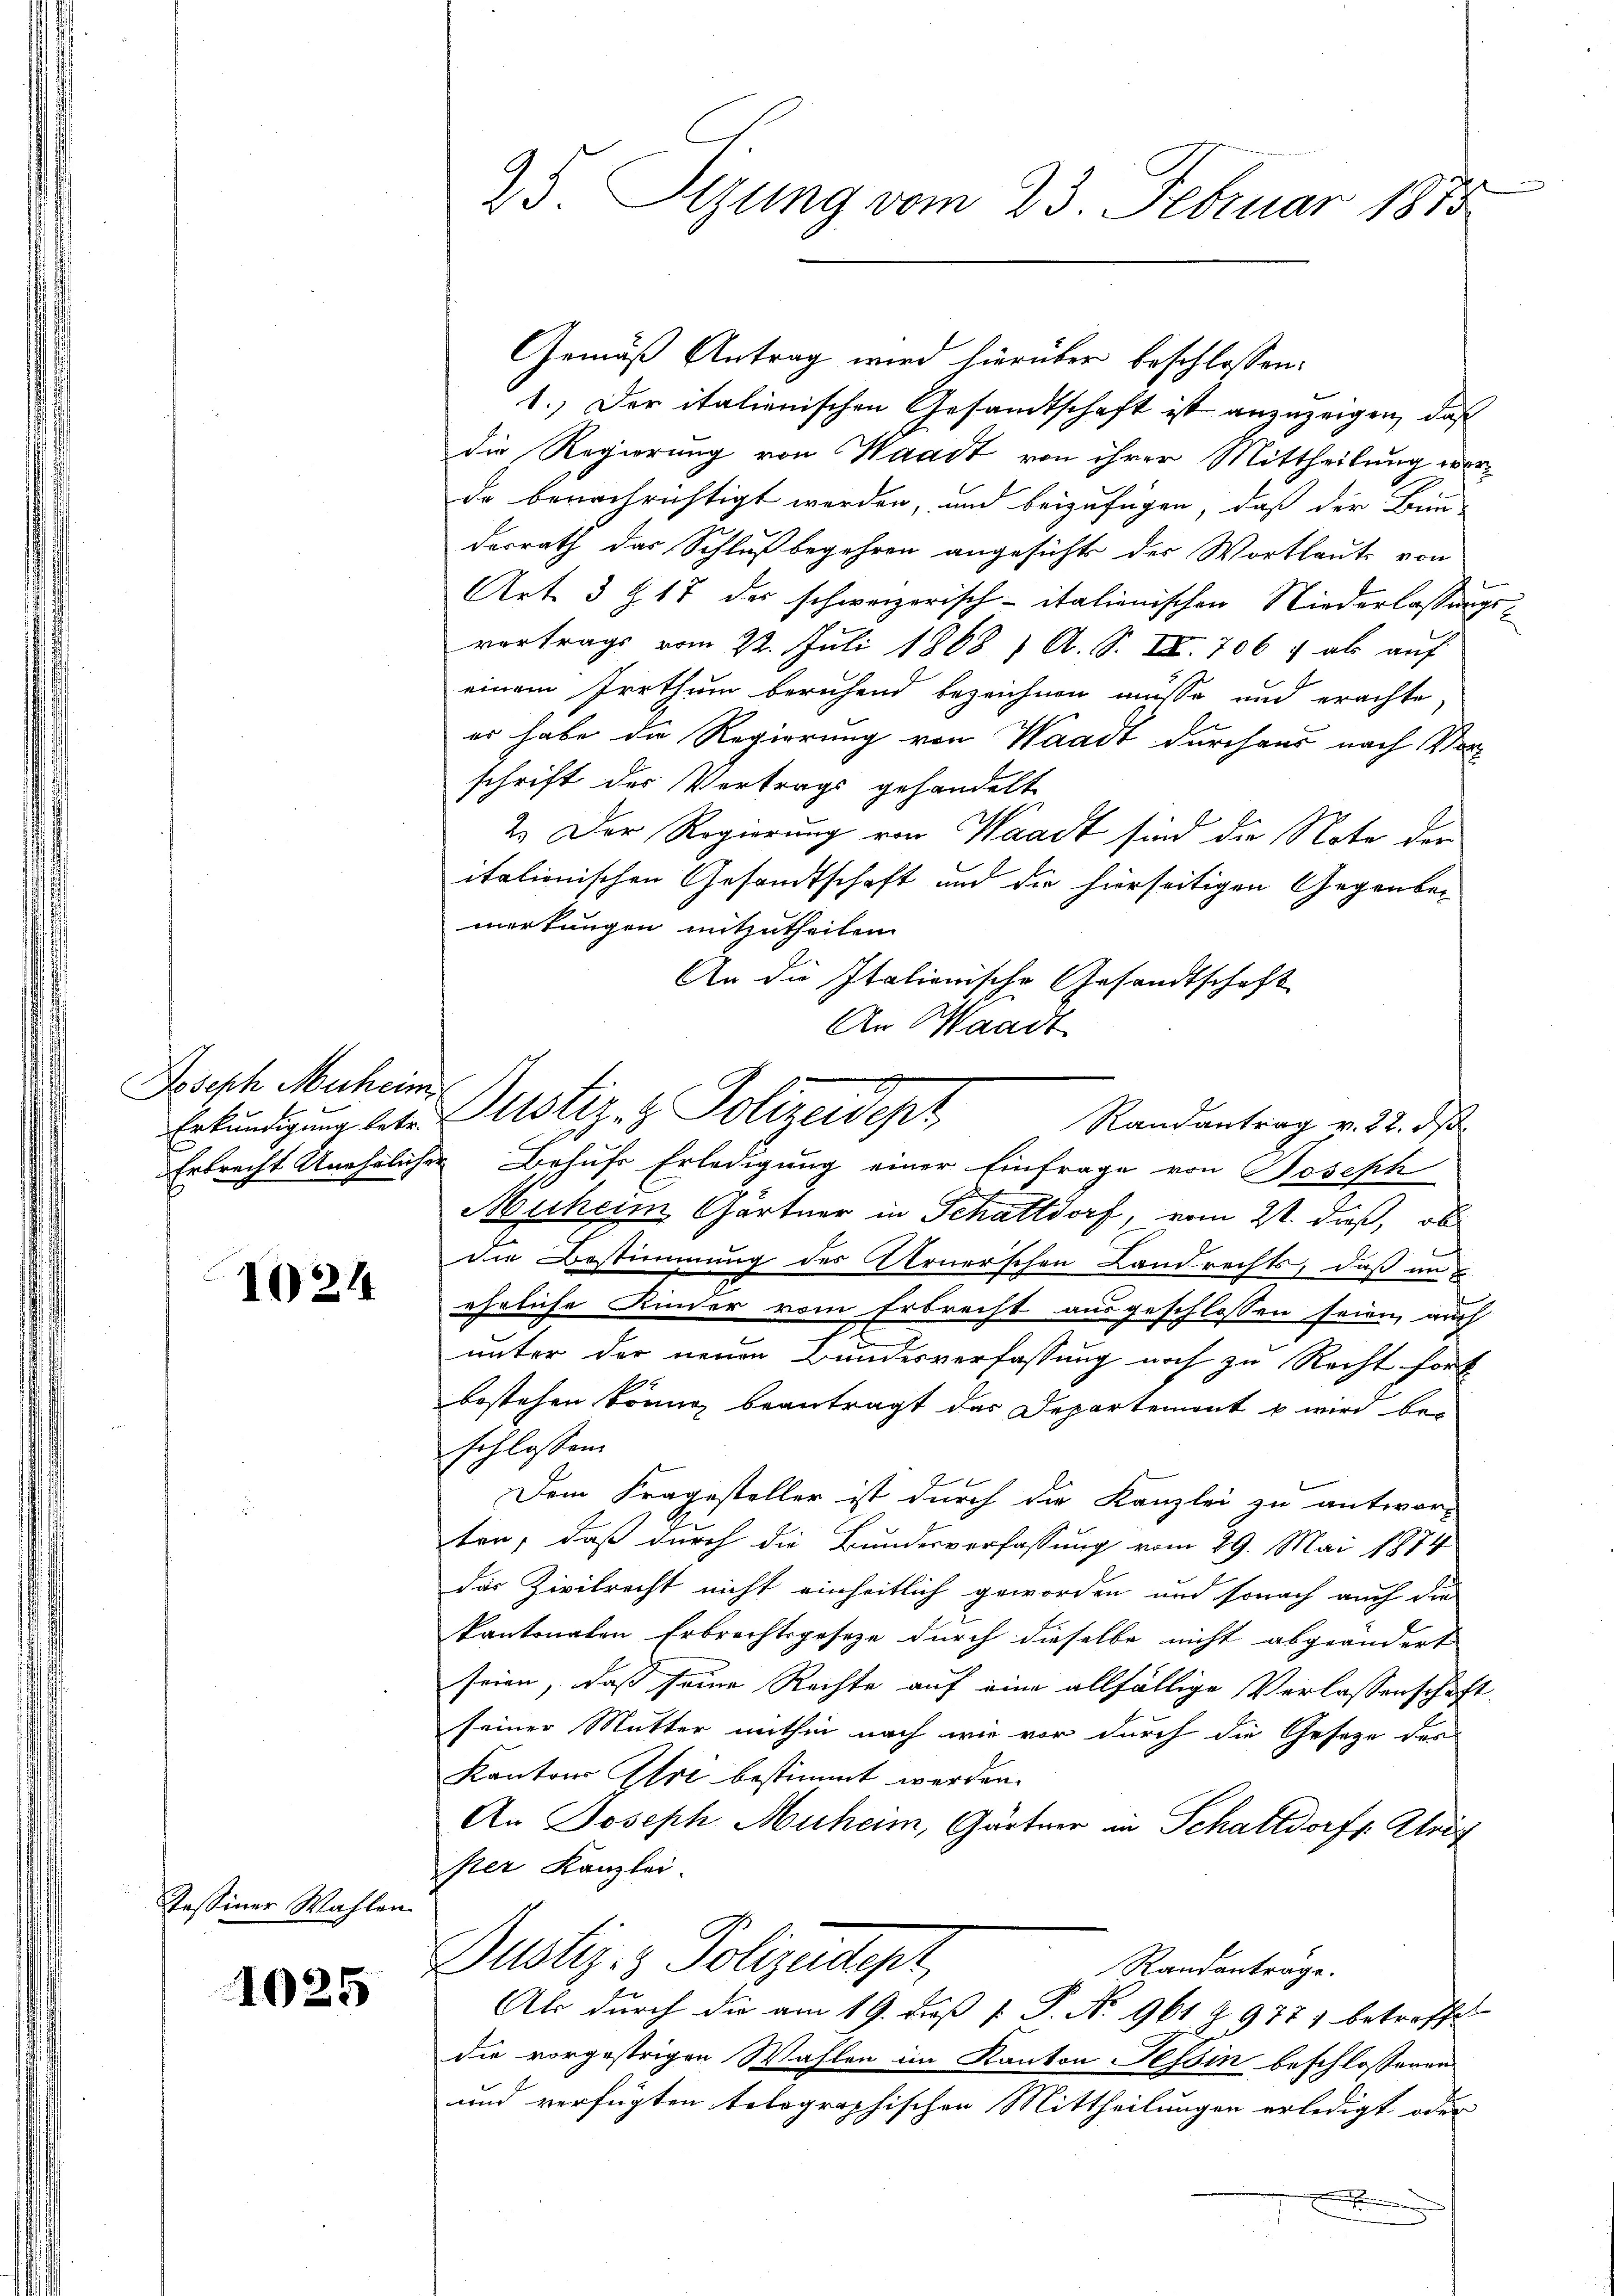
Joseph Muheim
Erkundigung betr.

1024

Tessiner Wahlen.

1025

25. Sitzung vom 23. Februar 1875

Gemäß Antrag wird hierüber beschlossen:
1.) Der italienischen Gesandtschaft ist anzuzeigen, daß
die Regierung von Waadt von ihrer Mittheilung werdo benachrichtigt werden, und beizufügen, daß der Bun-
derrath das Schluß begehren angesichts der Wortlaute von
Art. 3 Z. 17 des schweizerisch-italienischen Niederlassungsvortrags vom 22. Juli 1868 / A. S. II. 706 ; als auf
ben
einem Irrthum beruhend bezeichnen müsse und erachte,
es habe die Regierung von Waadt durchaus nach Verschrift der Vortrags gehandelt
2. Der Regierung von Waadt sind die Note der
itationischen Gesandtschaft und die hierseitigen Gegenbemerkungen mitzutheilen.
An die Italionische Gesandtschaft
An Waadt
Justiz- & Polizeidepr
Erbrecht Unehelicher Behufs Erledigung einer Einfrage von Joseph
Muheim Gärtner in Schattdorf, vom 2t. dieß, ob
die Bestimmung des Urnerschen Landrechts, daß im
ehrliche Kinder vom Erbrecht ausgeschlossen seien, auch
unter der neuen Bundesverfassung noch zu Recht fort
bestehen könne, beantragt des Departemont u wird be-
schlossen
Dem Fragesteller ist durch die Kanzlei zu antwor-
ten, daß durch die Bundesverfassung vom 29. Mai 1874
das Zivilrecht nicht einheitlich geworden und sonach auch die
kantonalen Erbrechtsgeseze durch dieselbe nicht abgeändert |
seien, daß seine Rechte auf eine allfällige Verlassenschaft.
seiner Mutter mithin nach wie vor durch die Gesetze des
Kantons Ihri bestimmt werden.
An Joseph Muheim, Gärtner in Schattdorf Aris
per Kanzlei.
Dustiz- & Polizeitigt,
Randanträge.
Als durch die am 19. daß [ P. No 961 & 9771 betreffe
die vorgestrigen Wahlen im Kanton Tessin beschlossenen
und verfügten tolographischen Mittheilungen erledigt oder
.

Randantrag v. 22. ds.